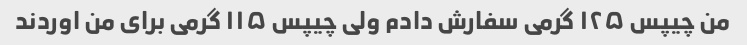
من چیپس ۱۲۵ گرمی سفارش دادم ولی چیپس ۱۱۵ گرمی برای من اوردند